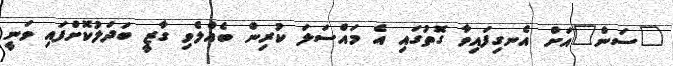
"ސަން"އަށް އެނގިފައިވާ ގޮތުގައި އެ މައްސަލަ ކުރިން ބެއްލެވި ގާޒީ ބަދަލުކޮށްފައި ވަނީ